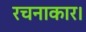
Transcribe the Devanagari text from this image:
रचनाकार।